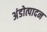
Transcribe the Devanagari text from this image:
अंडोत्पादन